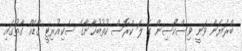
ބްރަޔަން ވަނީ ވިސްކޯސިން ގެ ލަ ކްރޮސް ކުތުބުޚާނާގެ ސެކިއުރިޓީ ގާޑެއް ގާތުގައި